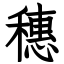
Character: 穗